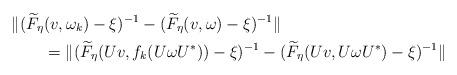
LaTeX: \begin{align*} \lVert (\widetilde{F}_{\eta}&(v,\omega_k)-\xi)^{-1}-(\widetilde{F}_{\eta}(v,\omega)-\xi)^{-1} \lVert \\&=\lVert (\widetilde{F}_{\eta}(Uv,f_k(U\omega U^*))-\xi)^{-1}-(\widetilde{F}_{\eta}(Uv,U\omega U^*)-\xi)^{-1} \lVert\end{align*}